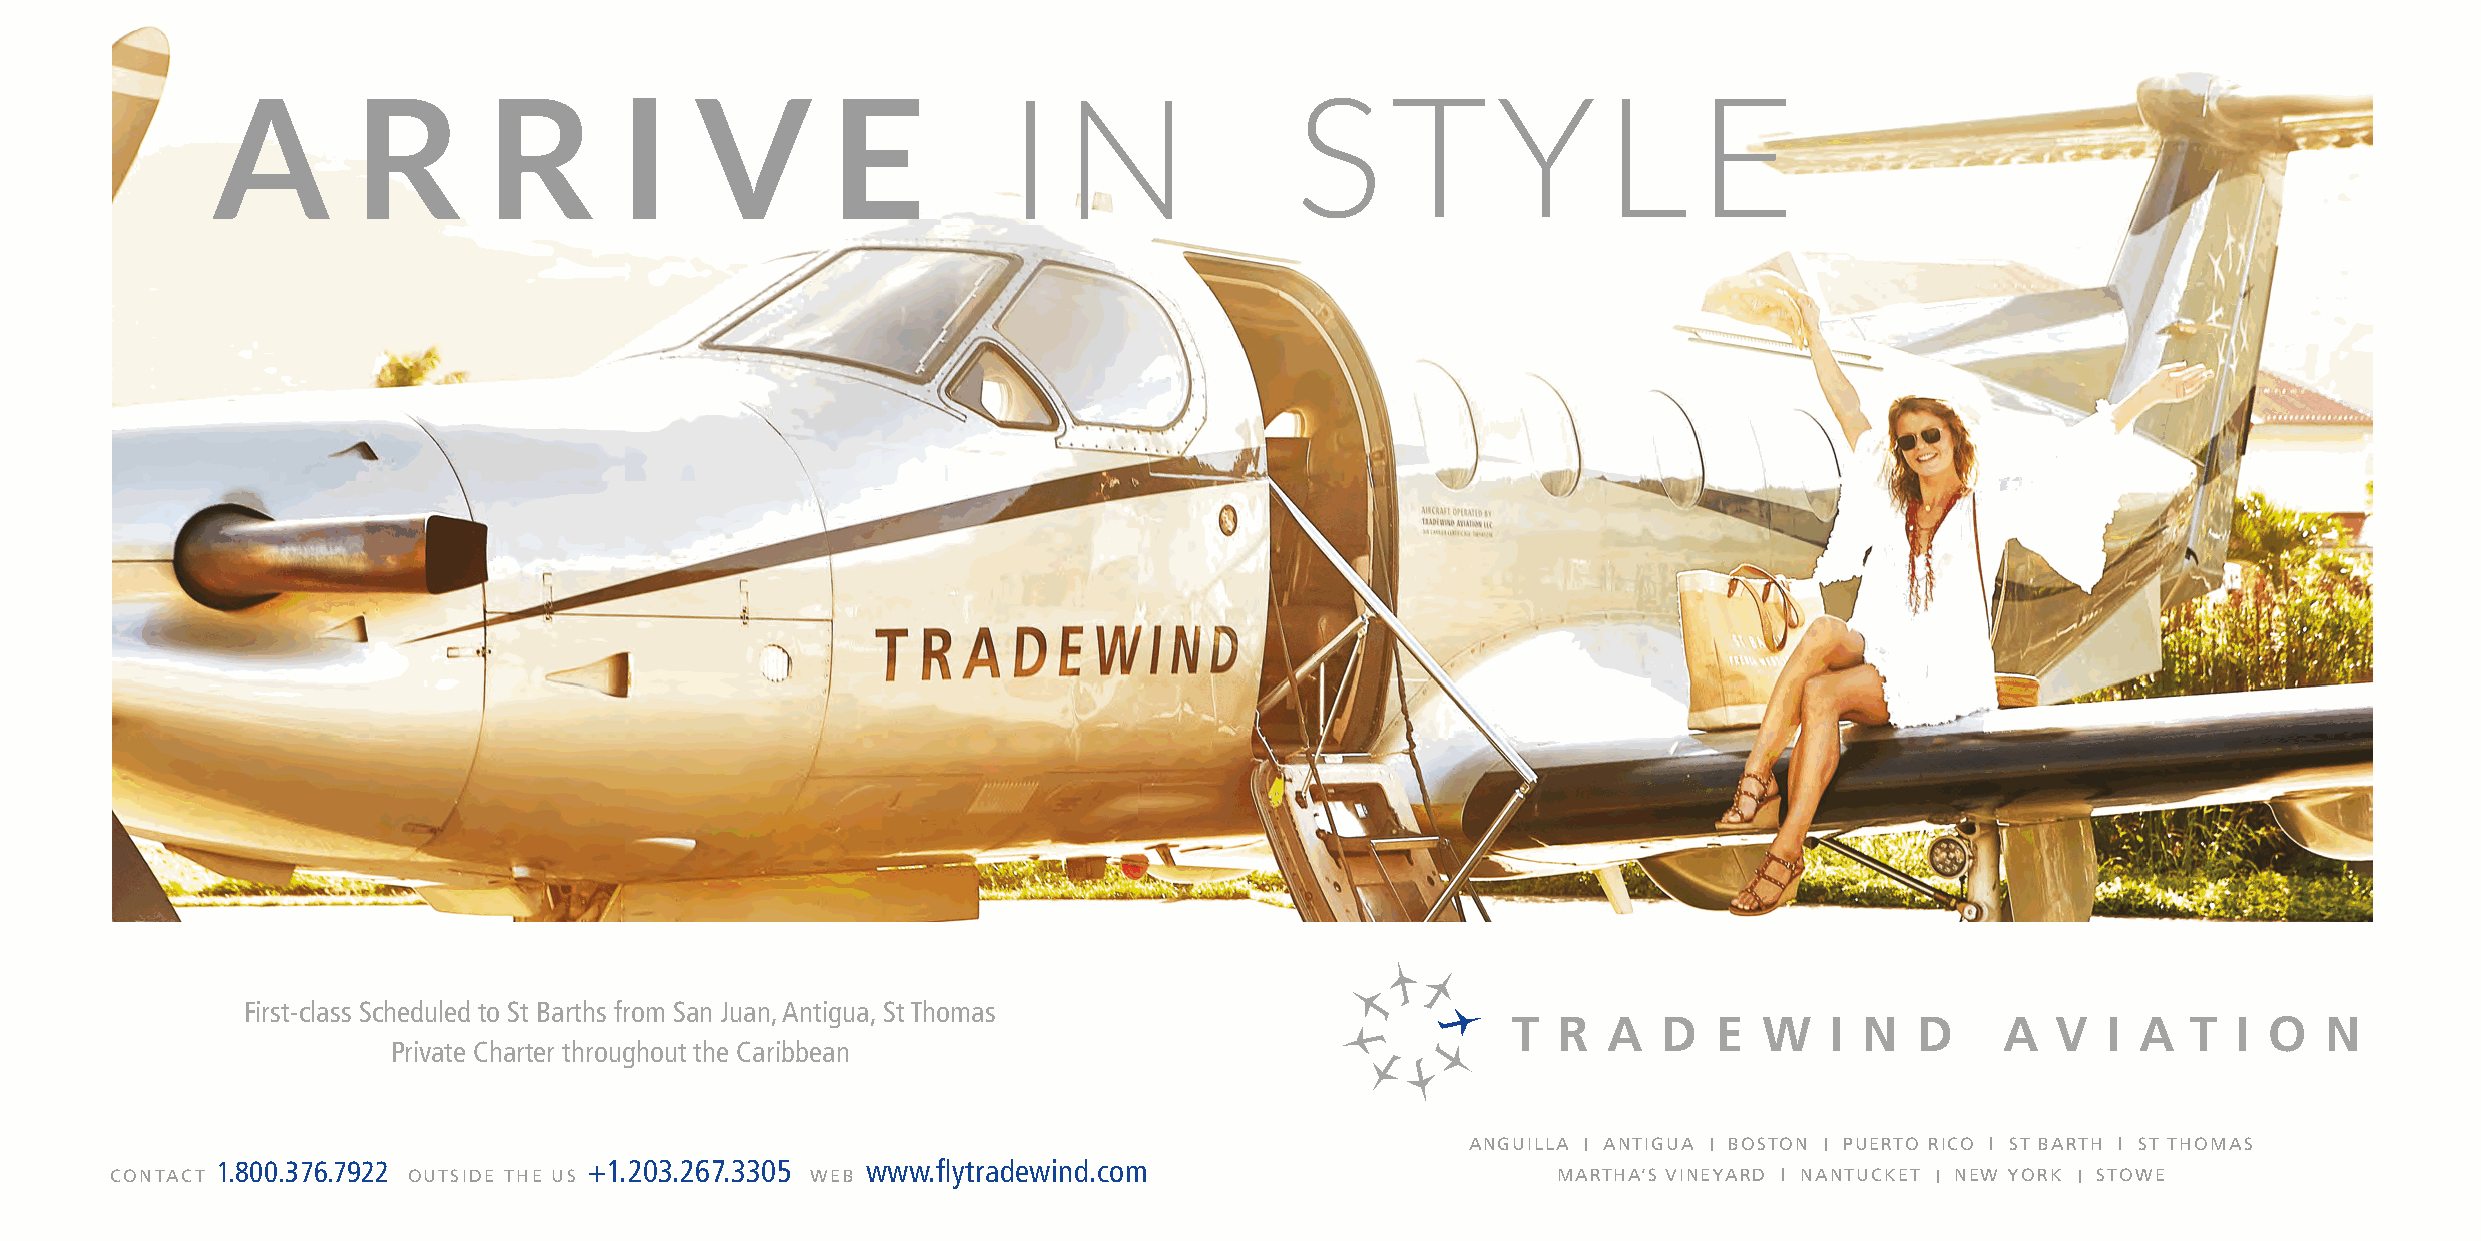
A        R        R        I    V        E           I  N               S     T      Y      L     E
 First-class Scheduled to St Barths from San Juan, Antigua, St Thomas
 T  R  A   D   E  W   I N   D     A  V  I  A  T  I O   N
 Private Charter throughout the Caribbean
 ANGUILLA | ANTIGUA | BOSTON | PUERTO RICO | ST BARTH | ST THOMAS
 CONTACT
 1.800.376.7922
 OUTSIDE THE US
 +1.203.267.3305
 WEB
 www.flytradewind.com
 MARTHA’S VINEYARD | NANTUCKET | NEW YORK | STOWE
 Tradewind_LatinVIP_InYourHands_26aug19.indd All Pages                                                                                                       8/26/19 12:58 PM